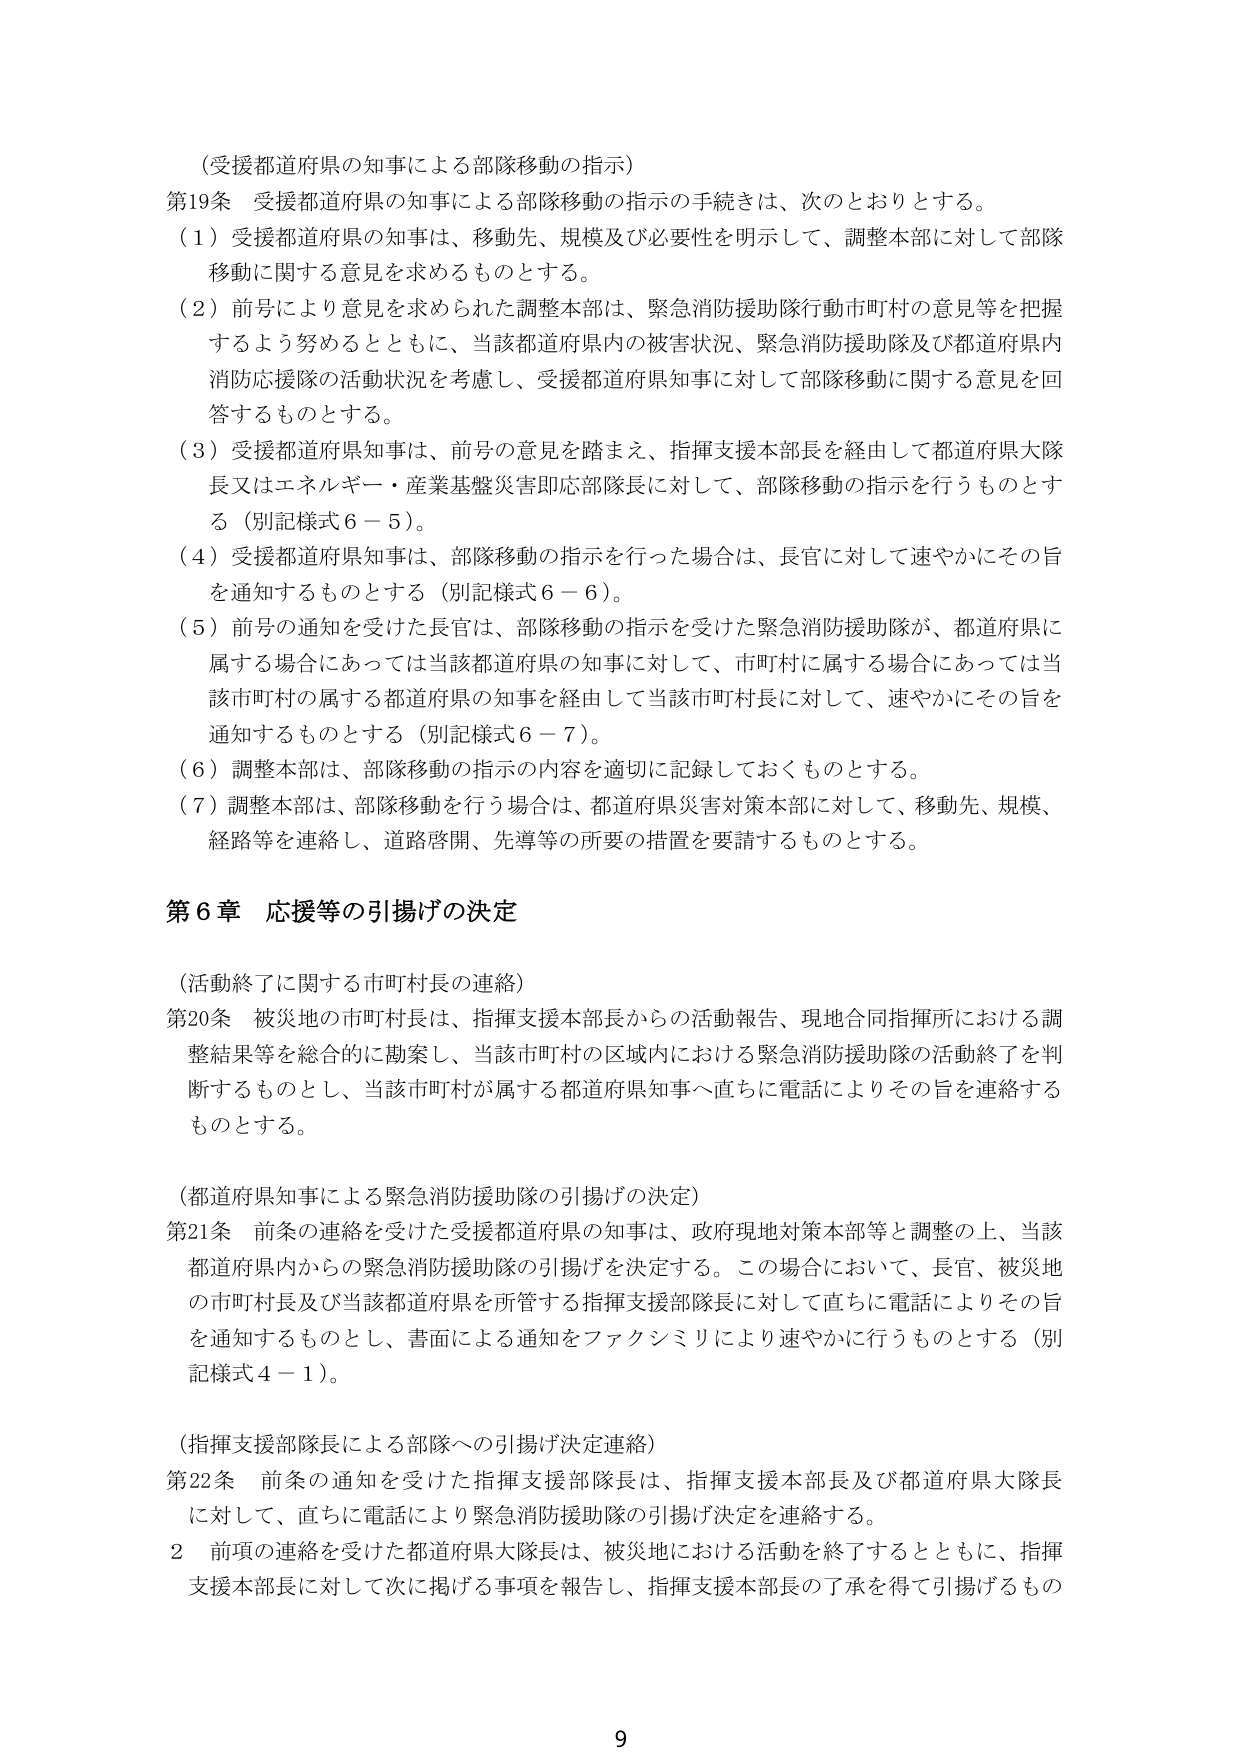
（受援都道府県の知事による部隊移動の指示）
第19条 受援都道府県の知事による部隊移動の指示の手続きは、次のとおりとする。
（1）受援都道府県の知事は、移動先、規模及び必要性を明示して、調整本部に対して部隊移動に関する意見を求めるものとする。
（2）前号により意見を求められた調整本部は、緊急消防援助隊行動市町村の意見等を把握するよう努めるとともに、当該都道府県内の被害状況、緊急消防援助隊及び都道府県内消防応援隊の活動状況を考慮し、受援都道府県知事に対して部隊移動に関する意見を回答するものとする。
（3）受援都道府県知事は、前号の意見を踏まえ、指揮支援本部長を経由して都道府県大隊長又はエネルギー・産業基盤災害即応部隊長に対して、部隊移動の指示を行うものとする（別記様式6－5）。
（4）受援都道府県知事は、部隊移動の指示を行った場合は、長官に対して速やかにその旨を通知するものとする（別記様式6－6）。
（5）前号の通知を受けた長官は、部隊移動の指示を受けた緊急消防援助隊が、都道府県に属する場合にあっては当該都道府県の知事に対して、市町村に属する場合にあっては当該市町村の属する都道府県の知事を経由して当該市町村長に対して、速やかにその旨を通知するものとする（別記様式6－7）。
（6）調整本部は、部隊移動の指示の内容を適切に記録しておくものとする。
（7）調整本部は、部隊移動を行う場合は、都道府県災害対策本部に対して、移動先、規模、経路等を連絡し、道路啓開、先導等の所要の措置を要請するものとする。

第6章 応援等の引揚げの決定

（活動終了に関する市町村長の連絡）
第20条 被災地の市町村長は、指揮支援本部長からの活動報告、現地合同指揮所における調整結果等を総合的に勘案し、当該市町村の区域内における緊急消防援助隊の活動終了を判断するものとし、当該市町村が属する都道府県知事へ直ちに電話によりその旨を連絡するものとする。

（都道府県知事による緊急消防援助隊の引揚げの決定）
第21条 前条の連絡を受けた受援都道府県の知事は、政府現地対策本部等と調整の上、当該都道府県内からの緊急消防援助隊の引揚げを決定する。この場合において、長官、被災地の市町村長及び当該都道府県を所管する指揮支援部隊長に対して直ちに電話によりその旨を通知するものとし、書面による通知をファクシミリにより速やかに行うものとする（別記様式4－1）。

（指揮支援部隊長による部隊への引揚げ決定連絡）
第22条 前条の通知を受けた指揮支援部隊長は、指揮支援本部長及び都道府県大隊長に対して、直ちに電話により緊急消防援助隊の引揚げ決定を連絡する。
2 前項の連絡を受けた都道府県大隊長は、被災地における活動を終了するとともに、指揮支援本部長に対して次に掲げる事項を報告し、指揮支援本部長の了承を得て引揚げるもの

9